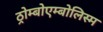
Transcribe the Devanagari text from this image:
ठ्रोम्बोएम्बोलिस्म